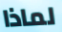
لماذا